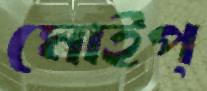
মোইপ্